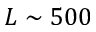
L \sim 5 0 0